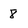
Character: 8